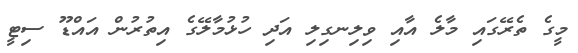
މީގެ ތެރޭގައި މާލެ އާއި ވިލިނގިލި އަދި ހުޅުމާލޭގެ އިތުރުން އައްޑޫ ސިޓީ